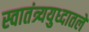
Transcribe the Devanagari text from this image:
स्वातंत्र्ययुध्दातले